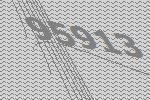
95913